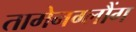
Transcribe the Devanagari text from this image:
तामेनग्लौंग